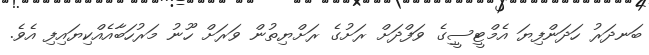
ބަނދަރު ހަދަންފިޔަ އެމްޓީސީިގެ ވަފްދަށް ރަށުގެ ރަށްޔިތުން ވަރަށް ހޫނު މަރުހަބާއެއްކިޔައިފި އެވެ.